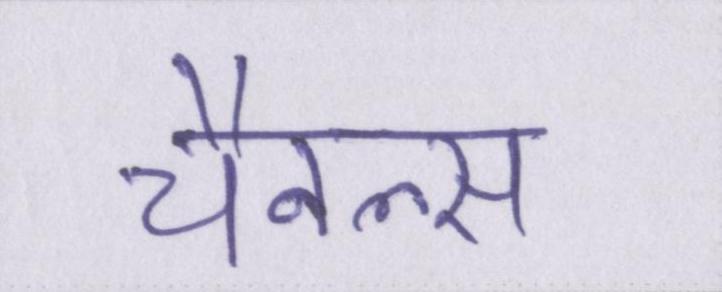
चैनल्स